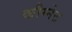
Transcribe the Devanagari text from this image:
कौग्नेट